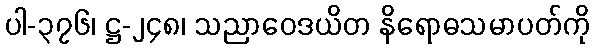
ပါ-၃၇၆၊ ဋ္ဌ-၂၄၈၊ သညာဝေဒယိတ နိရောဓသမာပတ်ကို